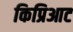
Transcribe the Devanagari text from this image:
किप्रिआट